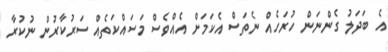
އެ ބަދަލު ގެންނަން ހުރަހެއް ނެތަސް އެކަމަށް އެއްވެސް މަސައްކަތެއް ސަރުކާރުން ނުކުރާ